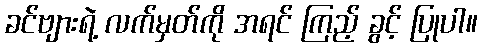
ခင်ဗျားရဲ့ လက်မှတ်ကို အရင် ကြည့် ခွင့် ပြုပါ။